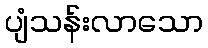
ပျံသန်းလာသော